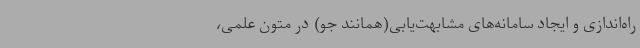
راه‌اندازی و ایجاد سامانه‌های مشابهت‌یابی(همانند جو) در متون علمی،